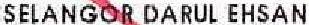
SELANGOR DARUL EHSAN